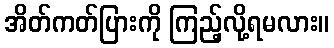
အိတ်ကတ်ပြားကို ကြည့်လို့ရမလား။